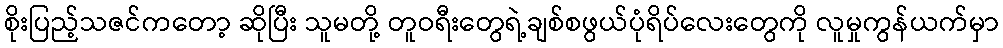
စိုးပြည့်သဇင်ကတော့ ဆိုပြီး သူမတို့ တူဝရီးတွေရဲ့ချစ်စဖွယ်ပုံရိပ်လေးတွေကို လူမှုကွန်ယက်မှာ